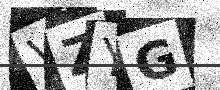
Text: VZYG